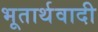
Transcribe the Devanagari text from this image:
भूतार्थवादी